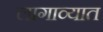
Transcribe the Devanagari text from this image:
लागाव्यात